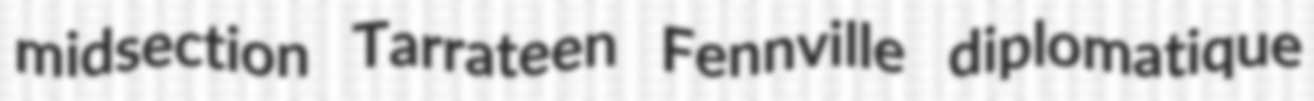
midsection Tarrateen Fennville diplomatique